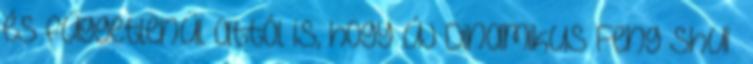
és függetlenül attól is, hogy új Dinamikus Feng Shui™